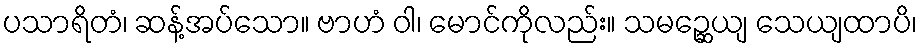
ပသာရိတံ၊ ဆန့်အပ်သော။ ဗာဟံ ဝါ၊ မောင်ကိုလည်း။ သမဉ္ဆေယျ သေယျထာပိ၊